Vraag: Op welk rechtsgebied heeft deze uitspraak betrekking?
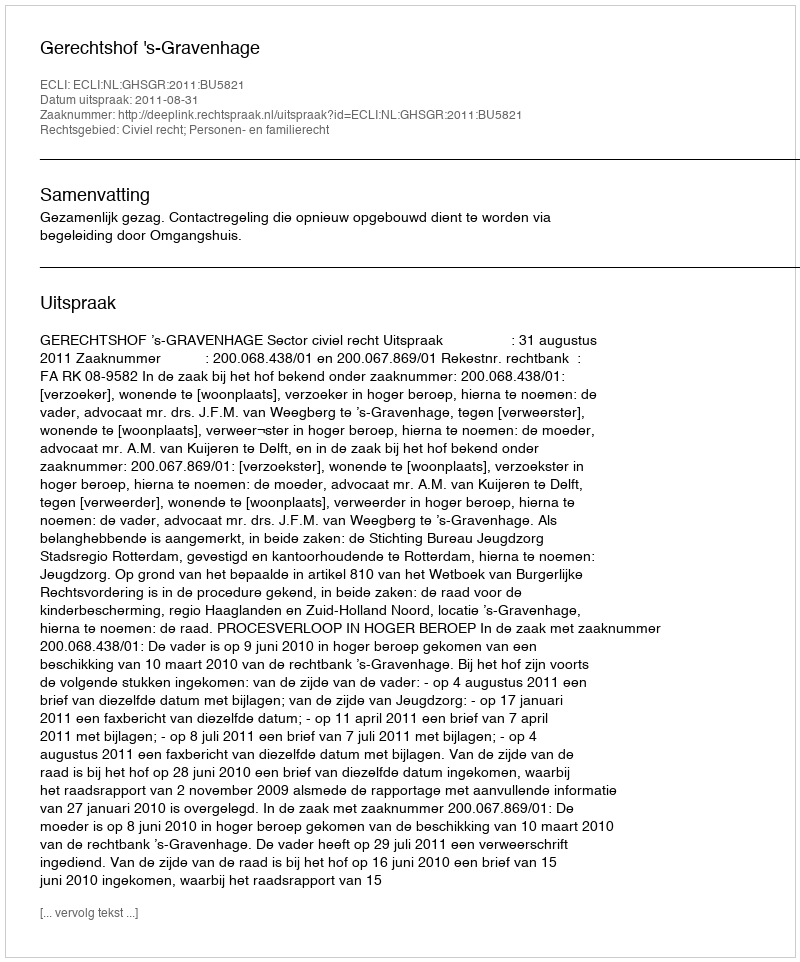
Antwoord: Civiel recht; Personen- en familierecht